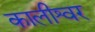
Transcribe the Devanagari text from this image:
कालीश्वर